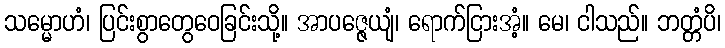
သမ္မောဟံ၊ ပြင်းစွာတွေဝေခြင်းသို့။ အာပဇ္ဇေယျံ၊ ရောက်ငြားအံ့။ မေ၊ ငါသည်။ ဘတ္တံပိ၊